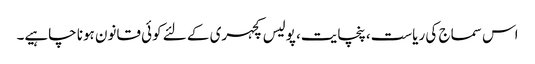
اس سماج کی ریاست، پنچایت، پولیس کچہری کے لئے کوئی قانون ہونا چاہیے۔